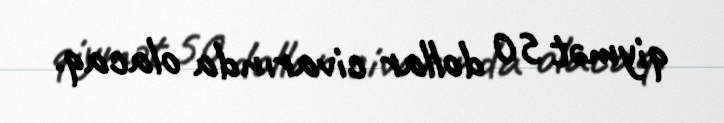
qiymət 50 dollar civarında olacaq.